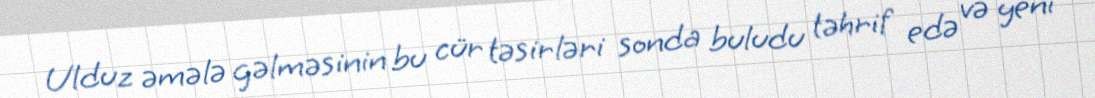
Ulduz əmələ gəlməsinin bu cür təsirləri sonda buludu təhrif edə və yeni